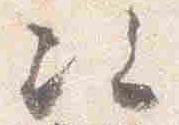
次